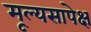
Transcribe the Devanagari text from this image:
मूल्यसापेक्ष